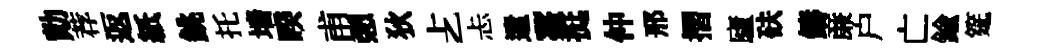
勣荐返紙銚托墙暌甫憩狄𠧒忐遣薹挺仲邢摺廬砆鑄亷户亡鍮筵